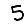
Digit: 5